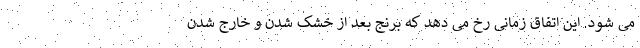
می شود. این اتفاق زمانی رخ می دهد که برنج بعد از خشک شدن و خارج شدن